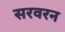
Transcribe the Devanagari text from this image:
सरवरन